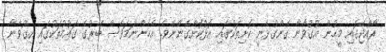
ރާއްޖޭގައި މީހުން އުގުވާނާ ގެންގުޅެނީ ކޮށިތަކުގައި އޮޅުކޮށްގެންނެވެ. އެހެންނަމަވެސް ބޭރުގެ ގައުމުތަކުގައި އިގުވާނާ